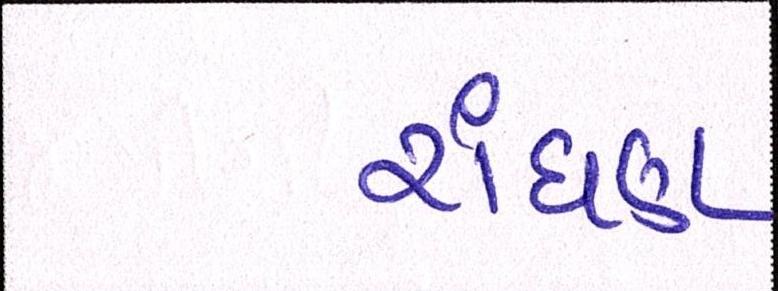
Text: રાંધણ